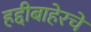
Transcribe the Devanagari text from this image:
हद्दीबाहेरचे